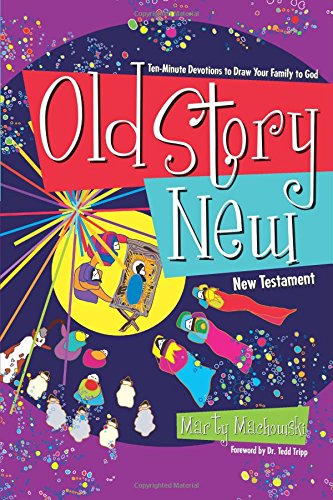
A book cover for Old Story New: Ten-Minute Devotions to Draw Your Family to God; Marty Machowski; Christian Books & Bibles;